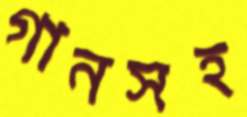
গানসহ